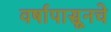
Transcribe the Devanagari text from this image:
वर्षापासूनचे